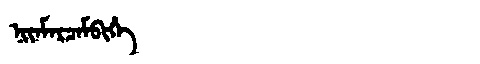
Manchu: ᠨᡳᠶᠠᠮᠠᡵᠴᠠᠮᠪᡳᡥᡝ
Romanization: NIYAMARCAMBIHE